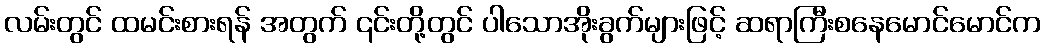
လမ်းတွင် ထမင်းစားရန် အတွက် ၎င်းတို့တွင် ပါသောအိုးခွက်များဖြင့် ဆရာကြီးစနေမောင်မောင်က